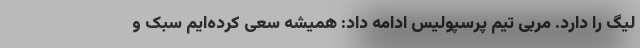
لیگ را دارد. مربی تیم پرسپولیس ادامه داد: همیشه سعی کرده‌ایم سبک و